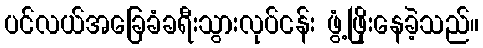
ပင်လယ်အခြေခံခရီးသွားလုပ်ငန်း ဖွံ့ဖြိုးနေခဲ့သည်။